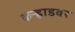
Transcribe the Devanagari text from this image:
कऱ्हाडवर